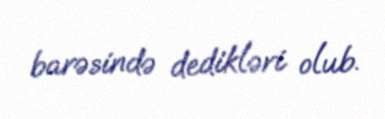
barəsində dedikləri olub.